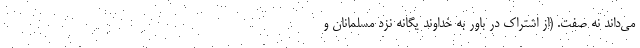
می‌داند نه صفت. (از اشتراک در باور به خداوند یگانه نزد مسلمانان و